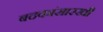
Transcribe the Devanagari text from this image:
बदकांसारखी